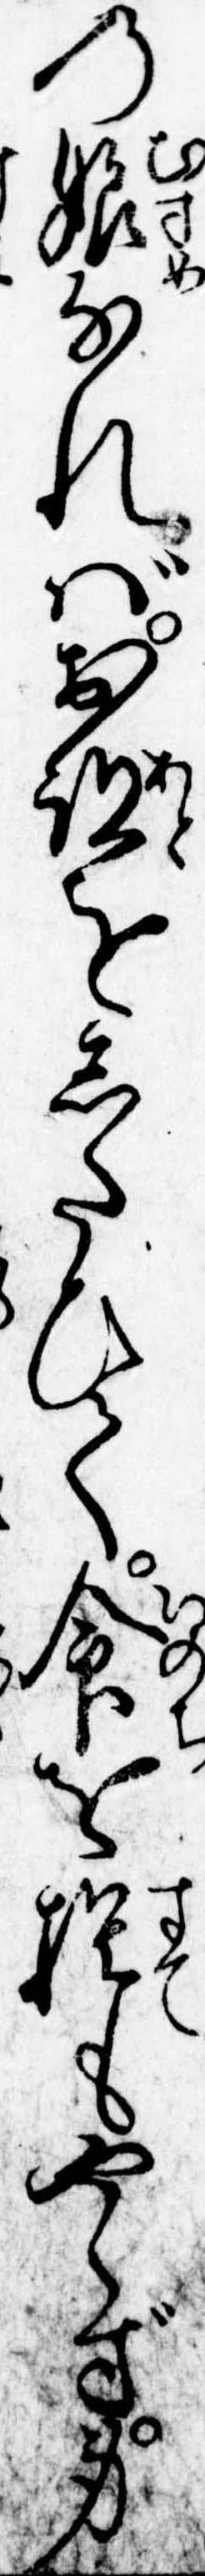
の娘なればお跡をしたひて命を捨もやらず身